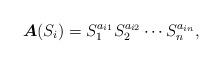
LaTeX: \begin{align*}\boldsymbol{A}(S_i)=S^{a_{i1}}_1 S^{a_{i2}}_2\cdots S^{a_{in}}_n,\end{align*}